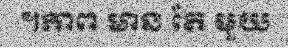
។ភាព មាន តែ មួយ